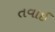
તવાઈ